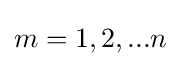
m=1,2,...n